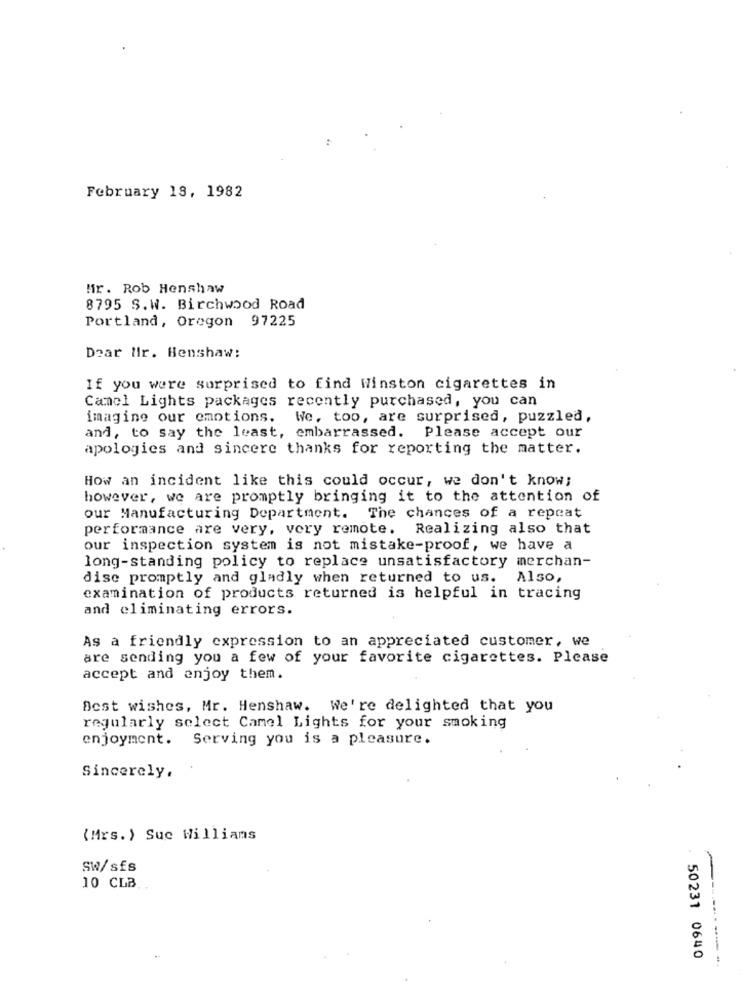
February 18, 1982
Mir. Rob Henshaw
8795 S.W. Birchwood Road
Portland, Oregon 97225
Dear Mir. Henshaw:
If you were surprised to find Winston cigarettes in
Camel Lights packages recently purchased, you can
imagine our emotions. We, too, are surprised, puzzled,
and, to say the least, embarrassed. Please accept our
apologies and sincere thanks for reporting the matter.
How an incident like this could occur, we don't know;
however, we are promptly bringing it to the attention of
our Manufacturing Department. The chances of a repeat
performance are very, very remote. Realizing also that
our inspection system is not mistake-proof, we have a
long-standing policy to replace unsatisfactory merchan-
dise promptly and gladly when returned to us. Also,
examination of products returned is helpful in tracing
and eliminating errors.
As a friendly expression to an appreciated customer, we
are sending you a few of your favorite cigarettes. Please
accept and enjoy them.
Best wishes, Mr. Henshaw. We're delighted that you
regularly select Camel Lights for your smoking
enjoyment. Serving you is a pleasure.
Sincerely,
(Mrs. ) Sue Williams
SW/sfs
10 CLB
50231 0640